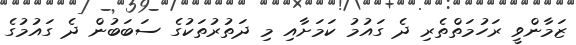
ޒަމާންވީ ރަހުމަތްތެރި ދެ ގައުމު ކަމަށާއި މި ދަތުރުތަކުގެ ސަބަބުން ދެ ގައުމުގެ